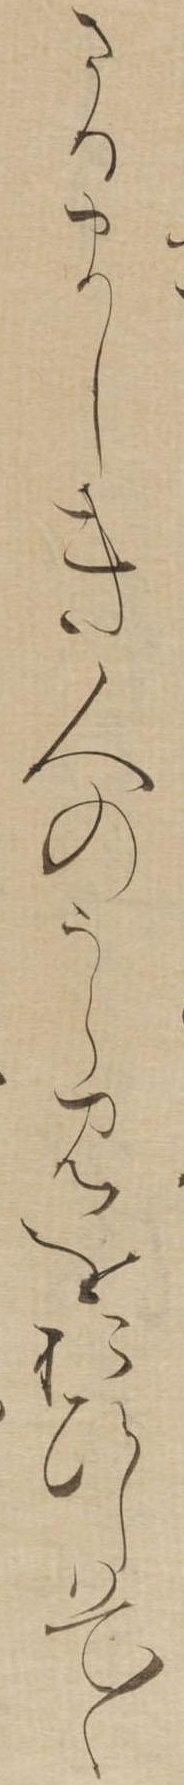
さるましき人のうらみをおひしはて〱